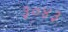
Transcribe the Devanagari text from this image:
३०४३